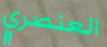
العنصري